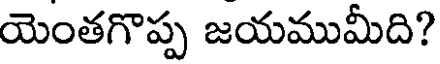
యెంతగొప్ప జయముమీది?